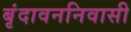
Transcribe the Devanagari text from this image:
बृंदावननिवासी